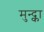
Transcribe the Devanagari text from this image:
मुन्द्का